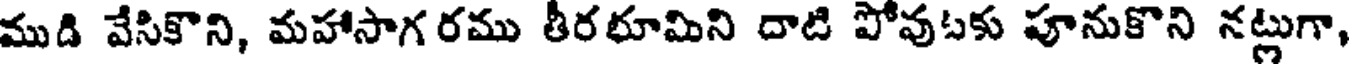
ముడి వేసికొని, మహాసాగ రము తీరభూమిని దాటి పోవుటకు పూనుకొని నట్లుగా,